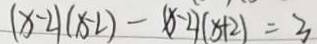
( x - 2 ) ( x - 2 ) - ( x - 2 ) ( x + 2 ) = 3